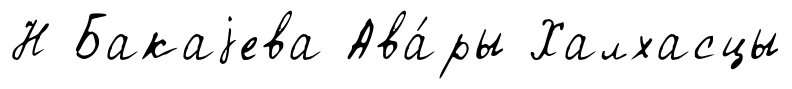
Н Бакаjева Ава́ры Халхасцы